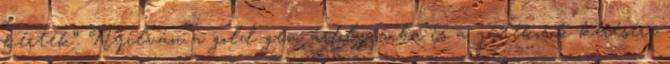
kérték”. Nyilván a gold-gem árfolyamba is a játékosok kérésére